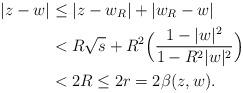
LaTeX: \begin{align*}|z-w|&\leq |z-w_R|+|w_R-w|\\&< R\sqrt{s}+R^2\Big( \dfrac{1-|w|^2}{1-R^2 |w|^2}\Big)\\&< 2R\leq 2r=2\beta(z,w).\end{align*}